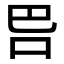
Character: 𭇋